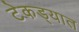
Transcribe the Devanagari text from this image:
टेकड्यात